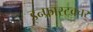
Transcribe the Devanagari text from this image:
इन्फ्रास्टक्चर